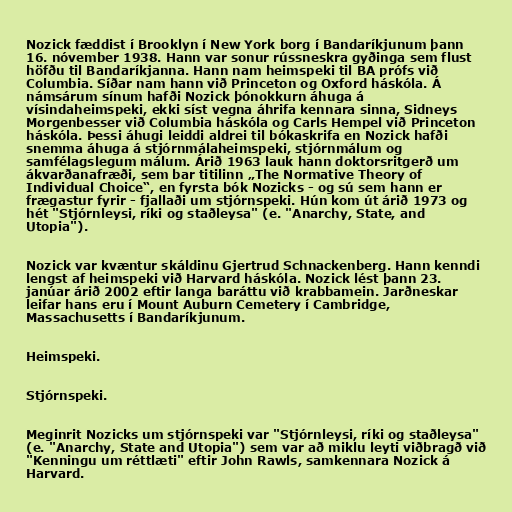
Nozick fæddist í Brooklyn í New York borg í Bandaríkjunum þann
16. nóvember 1938. Hann var sonur rússneskra gyðinga sem flust
höfðu til Bandaríkjanna. Hann nam heimspeki til BA prófs við
Columbia. Síðar nam hann við Princeton og Oxford háskóla. Á
námsárum sínum hafði Nozick þónokkurn áhuga á
vísindaheimspeki, ekki síst vegna áhrifa kennara sinna, Sidneys
Morgenbesser við Columbia háskóla og Carls Hempel við Princeton
háskóla. Þessi áhugi leiddi aldrei til bókaskrifa en Nozick hafði
snemma áhuga á stjórnmálaheimspeki, stjórnmálum og
samfélagslegum málum. Árið 1963 lauk hann doktorsritgerð um
ákvarðanafræði, sem bar titilinn „The Normative Theory of
Individual Choice“, en fyrsta bók Nozicks - og sú sem hann er
frægastur fyrir - fjallaði um stjórnspeki. Hún kom út árið 1973 og
hét "Stjórnleysi, ríki og staðleysa" (e. "Anarchy, State, and
Utopia").

Nozick var kvæntur skáldinu Gjertrud Schnackenberg. Hann kenndi
lengst af heimspeki við Harvard háskóla. Nozick lést þann 23.
janúar árið 2002 eftir langa baráttu við krabbamein. Jarðneskar
leifar hans eru í Mount Auburn Cemetery í Cambridge,
Massachusetts í Bandaríkjunum.

Heimspeki.

Stjórnspeki.

Meginrit Nozicks um stjórnspeki var "Stjórnleysi, ríki og staðleysa"
(e. "Anarchy, State and Utopia") sem var að miklu leyti viðbragð við
"Kenningu um réttlæti" eftir John Rawls, samkennara Nozick á
Harvard.